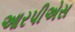
આરપીએસ